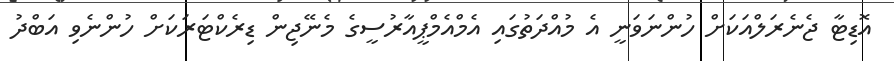
އޮޑިޓާ ޖެނެރަލްއަކަށް ހުންނަވަނީ އެ މުއްދަތުގައި އެމްއެމްޕީއާރުސީގެ މެނޭޖިން ޑިރެކްޓަރަކަށް ހުންނެވި އަބްދު